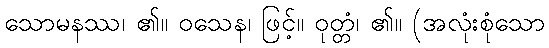
သောမနဿ၊ ၏။ ဝသေန၊ ဖြင့်။ ဝုတ္တံ၊ ၏။ (အလုံးစုံသော